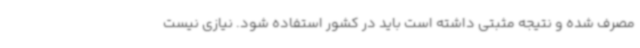
مصرف شده و نتیجه مثبتی داشته است باید در کشور استفاده شود. نیازی نیست